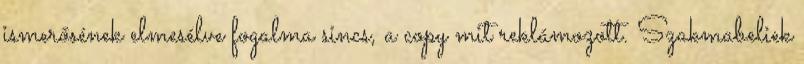
ismerősének elmesélve fogalma sincs, a copy mit reklámozott. Szakmabeliek